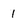
Character: 1